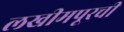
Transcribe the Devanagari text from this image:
लखीमपूरची